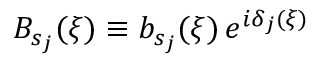
B _ { s _ { j } } ( \xi ) \equiv b _ { s _ { j } } ( \xi ) \, e ^ { i \delta _ { j } ( \xi ) }